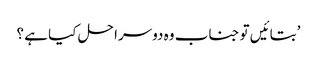
’بتائیں تو جناب وہ دوسرا حل کیا ہے ؟